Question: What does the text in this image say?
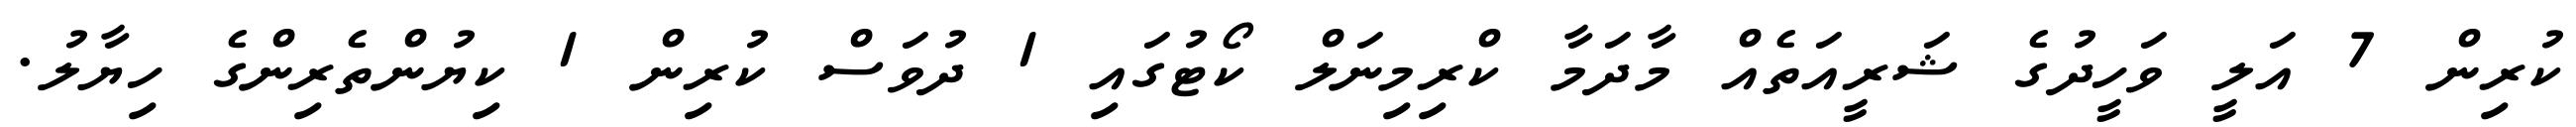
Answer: ކުރިން 7 އަލީ ވަހީދުގެ ޝަރީއަތެއް މާދަމާ ކްރިމިނަލް ކޯޓުގައި 1 ދުވަސް ކުރިން 1 ކިޔުންތެރިންގެ ހިޔާލު.